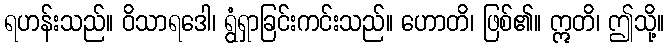
ရဟန်းသည်။ ဝိသာရဒေါ၊ ရွံရှာခြင်းကင်းသည်။ ဟောတိ၊ ဖြစ်၏။ ဣတိ၊ ဤသို့။